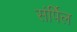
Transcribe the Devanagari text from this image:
संर्पिल